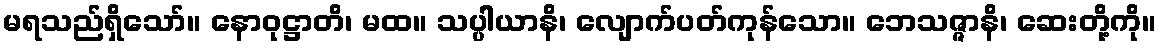
မရသည်ရှိသော်။ နောဝုဋ္ဌာတိ၊ မထ။ သပ္ပါယာနိ၊ လျောက်ပတ်ကုန်သော။ ဘေသဇ္ဇာနိ၊ ဆေးတို့ကို။